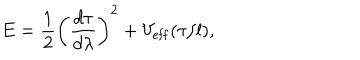
LaTeX: E = \frac { 1 } { 2 } \left( \frac { d \tau } { d \lambda } \right) ^ { 2 } + V _ { \mathrm { e f f } } ( \tau / l ) ,